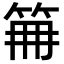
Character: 𥬰